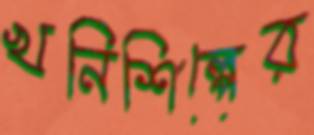
খনিশিল্পের